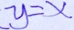
y = x